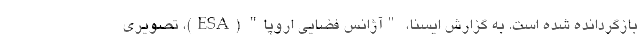
بازگردانده شده است. به گزارش ایسنا، "آژانس فضایی اروپا" (ESA)، تصویری